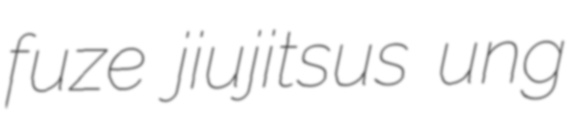
fuze jiujitsus ung